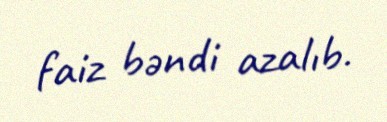
faiz bəndi azalıb.